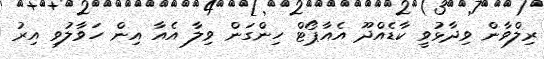
ރިލްވާން ވިދާޅުވީ ކާޑެއްދޫ އެއާޕޯޓް ހިންގަން ވިލާ އެއާ އިން ހަވާލުވި އިރު